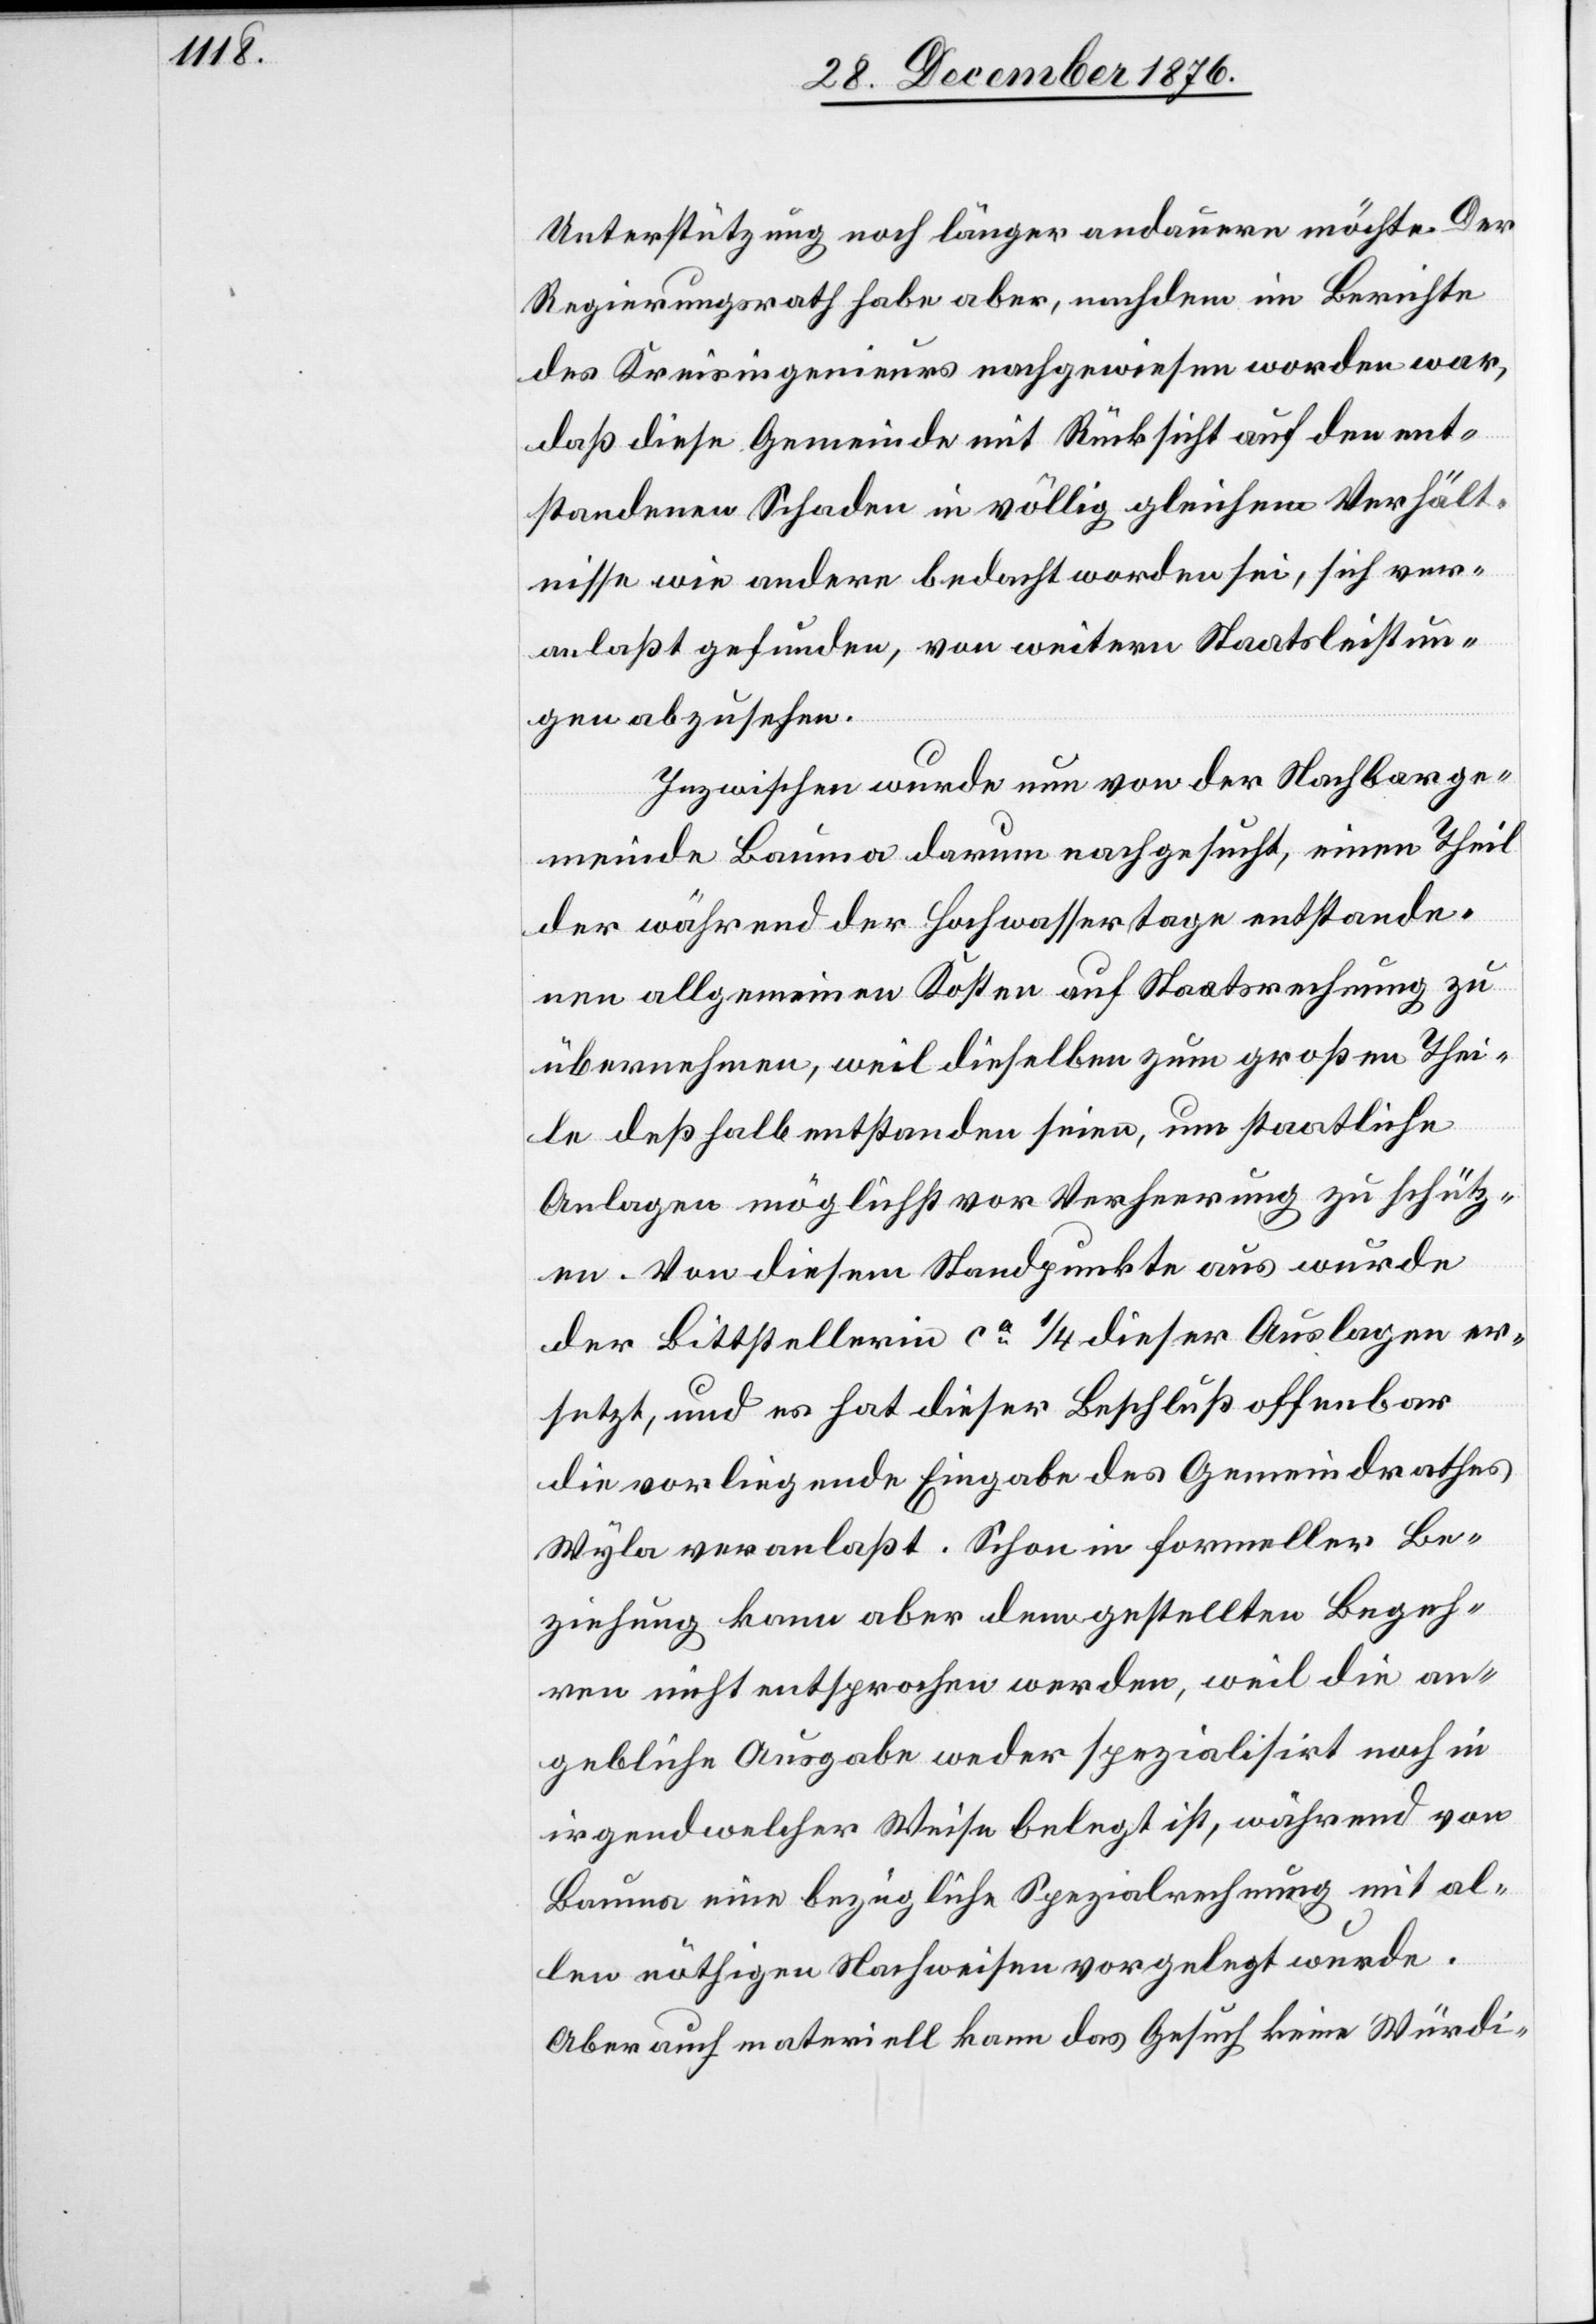
Unterstützung noch länger andauern möchte. Der
Regierungsrath habe aber, nachdem im Berichte
des Kreisingenieurs nachgewiesen worden war,
daß diese Gemeinde mit Rücksicht auf den ent¬
standenen Schaden in völlig gleichem Verhält¬
nisse wie andere bedacht worden sei, sich ver¬
anlaßt gefunden, von weitern Staatsleistun¬
gen abzustehen.
Inzwischen wurde nun von der Nachbarge¬
meinde Bauma darum nachgesucht, einen Theil
der während der Hochwassertage entstande¬
nen allgemeinen Kosten auf Staatsrechnung zu
übernehmen, weil dieselben zum großen Thei¬
le deßhalb entstanden seien, um staatliche
Anlagen möglichst vor Verheerung zu schütz¬
en. Von diesem Standpunkte aus wurde
der Bittstellerin ca 1/4 dieser Auslagen er¬
setzt, und es hat dieser Beschluß offenbar
die vorliegende Eingabe des Gemeindrathes
Wyla veranlaßt. Schon in formeller Be¬
ziehung kann aber dem gestellten Begeh¬
ren nicht entsprochen werden, weil die an¬
gebliche Ausgabe weder spezialisirt noch in
irgendwelcher Weise belegt ist, während von
Bauma eine bezügliche Spezialrechnung mit al¬
len nöthigen Nachweisen vorgelegt wurde.
Aber auch materiell kann das Gesuch keine Würdi-